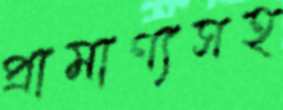
প্রামাণ্যসহ